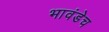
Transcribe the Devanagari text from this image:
भावंडेच